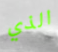
الذي